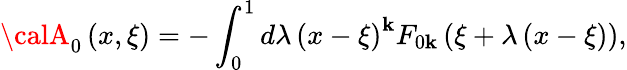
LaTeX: {\calA}_{0}\left({x,\xi}\right)=-\int_{0}^{1}{d\lambda\left({x-\xi}\right)}^{\mathbf{k}}F_{0\mathbf{k}}\left({\xi+\lambda\left({x-\xi}\right)}\right),